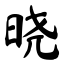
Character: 晓